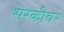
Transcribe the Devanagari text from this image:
सरकीवर